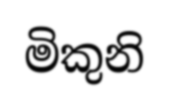
මිකුනි